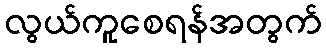
လွယ်ကူစေရန်အတွက်